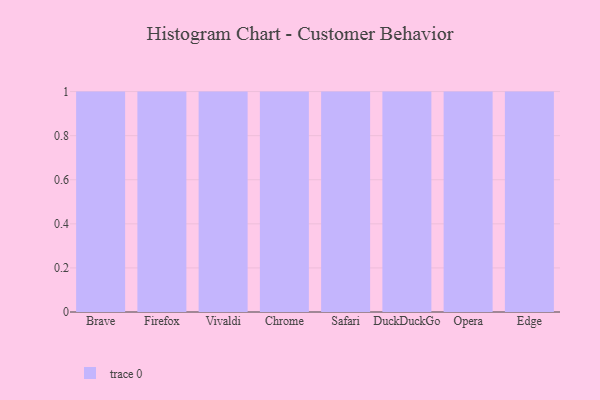
{"axis": {"x": "Browser", "y": "Page Views"}, "legend": [""], "data": [{"x": "Brave", "y": 88, "type": ""}, {"x": "Firefox", "y": 97, "type": ""}, {"x": "Vivaldi", "y": 14, "type": ""}, {"x": "Chrome", "y": 62, "type": ""}, {"x": "Safari", "y": 91, "type": ""}, {"x": "DuckDuckGo", "y": 57, "type": ""}, {"x": "Opera", "y": 38, "type": ""}, {"x": "Edge", "y": 32, "type": ""}]}